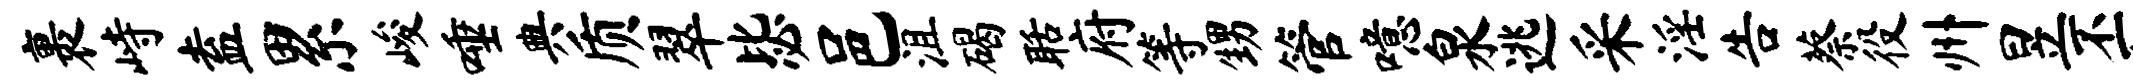
裹峙盍累峻唾典质翠毖邑沮碣聒府等甥管噫泉逃采淫告蔡役州昱丕春